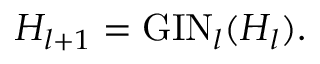
H _ { l + 1 } = \mathrm { G I N } _ { l } ( H _ { l } ) .